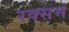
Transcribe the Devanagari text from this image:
रक्सम